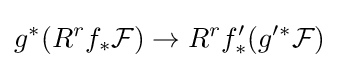
g^{*}(R^{r}f_{*}{\mathcal {F}})\to R^{r}f'_{*}(g'^{*}{\mathcal {F}})